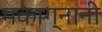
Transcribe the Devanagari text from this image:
मकाग्नानी